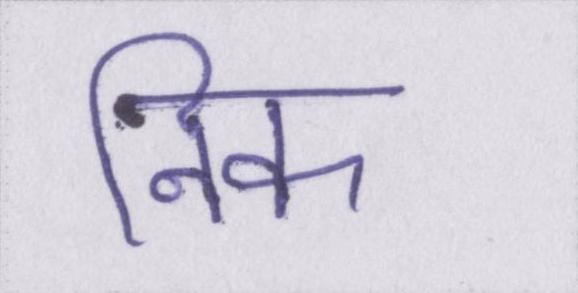
निक